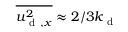
\overline { { { u _ { \mathrm { ~ d ~ } , x } ^ { 2 } } } } \approx 2 / 3 k _ { \mathrm { ~ d ~ } }